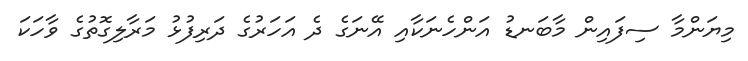
މިޔަންމާ ސިފައިން މާބަނޑު އަންހެނަކާއި އޭނަގެ ދެ އަހަރުގެ ދަރިފުޅު މަރާލިގޮތުގެ ވާހަކަ